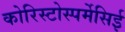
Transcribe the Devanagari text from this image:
कोरिस्टोस्पर्मेसिई